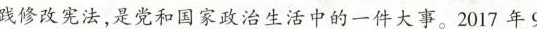
践修改宪法，是党和国家政治生活中的一件大事。2017年9